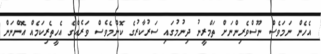
އެހެން ނަމަވެސް ނޫސްވެރިންނަށް ތަމްރީނު ދިނުމުގައި ސަރުކާރުގެ ކޮންމެވެސް ވަރެއްގެ އެހީތެރިކަމެއް އޮންނަން